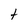
Character: t